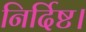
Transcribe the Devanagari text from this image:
निर्दिष्ट।